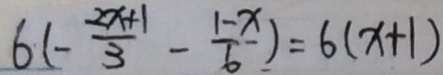
6 ( - \frac { 2 x + 1 } { 3 } - \frac { 1 - x } { 6 } ) = 6 ( x + 1 )